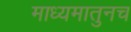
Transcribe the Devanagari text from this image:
माध्यमातुनच